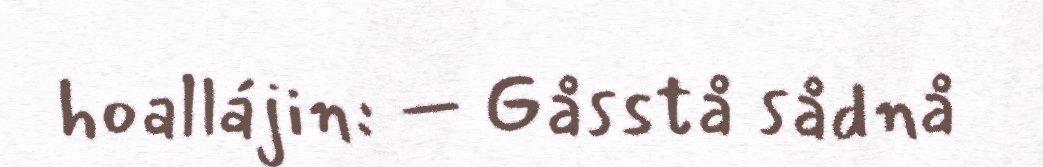
hoallájin: – Gåsstå sådnå